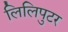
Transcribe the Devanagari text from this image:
लिलिपुटर